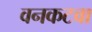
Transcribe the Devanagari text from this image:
वनकटवा